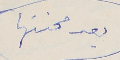
بعد محنتها